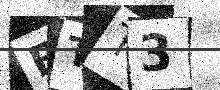
Text: BTT3